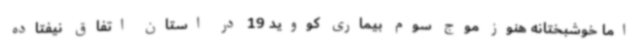
اما خوشبختانه هنوز موج سوم بیماری کووید 19 در استان اتفاق نیفتاده